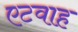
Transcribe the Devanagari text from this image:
एटवाह